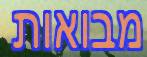
מבואות